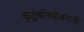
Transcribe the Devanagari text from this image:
कुटुंबनियोजनाची